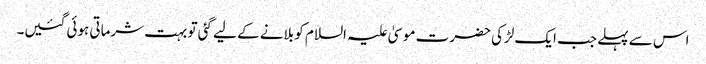
اس سے پہلے جب ایک لڑکی حضرت موسیٰ علیہ السلام کو بلانے کے لیے گئی تو بہت شرماتی ہوئی گئیں۔